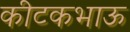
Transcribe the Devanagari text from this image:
कीटकभाऊ